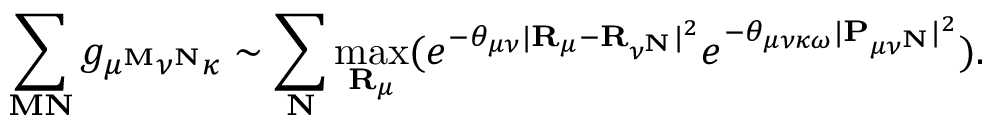
\sum _ { \mathbf { M } \mathbf { N } } g _ { \mu ^ { \mathbf { M } } \nu ^ { \mathbf { N } } \kappa } \sim \sum _ { \mathbf { N } } \operatorname* { m a x } _ { \mathbf { R } _ { \mu } } ( e ^ { - \theta _ { \mu \nu } | \mathbf { R } _ { \mu } - \mathbf { R } _ { \nu ^ { \mathbf { N } } } | ^ { 2 } } e ^ { - \theta _ { \mu \nu \kappa \omega } | \mathbf { P } _ { \mu \nu ^ { \mathbf { N } } } | ^ { 2 } } ) .